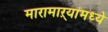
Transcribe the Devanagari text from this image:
मारामाऱ्यांमध्ये